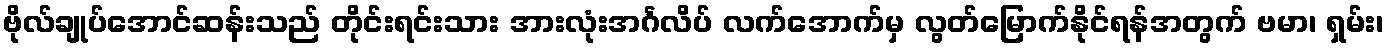
ဗိုလ်ချုပ်အောင်ဆန်းသည် တိုင်းရင်းသား အားလုံးအင်္ဂလိပ် လက်အောက်မှ လွတ်မြောက်နိုင်ရန်အတွက် ဗမာ၊ ရှမ်း၊